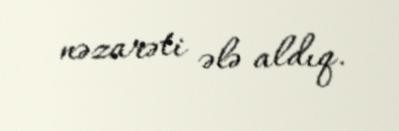
nəzarəti ələ aldıq.